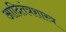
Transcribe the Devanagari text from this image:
आदितंत्रशास्त्र